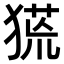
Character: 𤠛